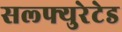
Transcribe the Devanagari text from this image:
सल्फ्युरेटेड